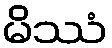
မိဿံ